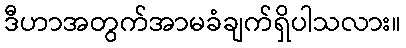
ဒီဟာအတွက်အာမခံချက်ရှိပါသလား။